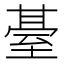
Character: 䑓